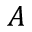
A